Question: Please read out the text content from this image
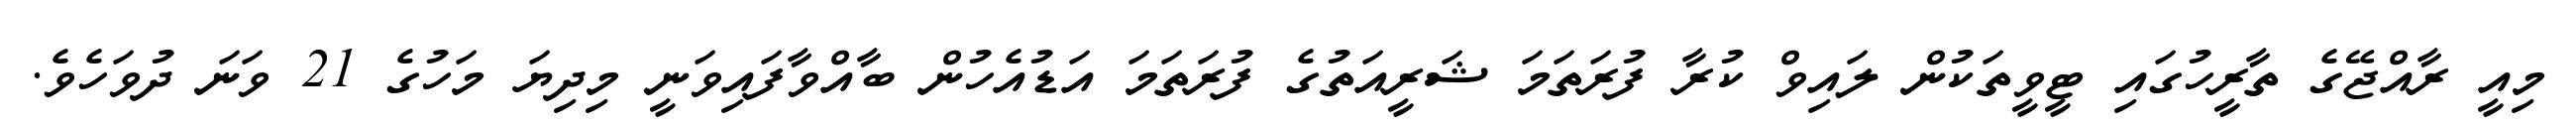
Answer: މިއީ ރާއްޖޭގެ ތާރީހުގައި ޓީވީތަކުން ލައިވް ކުރާ ފުރަތަމަ ޝަރީއަތުގެ ފުރަތަމަ އަޑުއެހުން ބާއްވާފައިވަނީ މިދިޔަ މަހުގެ 21 ވަނަ ދުވަހެވެ.